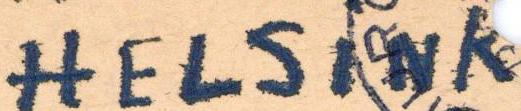
HELSiNk